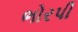
ભોરપી